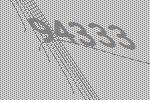
94333